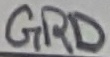
Text: GRD